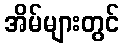
အိမ်များတွင်